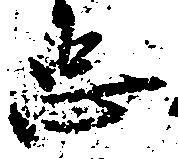
忠